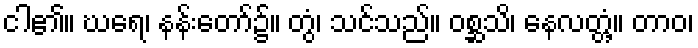
ငါ၏။ ဃရေ၊ နန်းတော်၌။ တွံ၊ သင်သည်။ ဝစ္ဆသိ၊ နေလတ္တံ့။ တာဝ၊